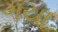
ગયા